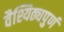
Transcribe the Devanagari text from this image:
वैश्यिठ्यपुर्ण